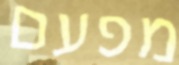
מפעם